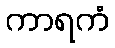
ကာရကံ